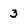
Character: 3